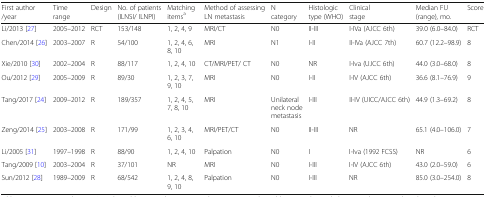
<table><thead><tr><td><b>First author /year</b></td><td><b>Time range</b></td><td><b>Design</b></td><td><b>No. of patients (ILNSI/ ILNPI)</b></td><td><b>Matching items<sup>a</sup></b></td><td><b>Method of assessing LN metastasis</b></td><td><b>N category</b></td><td><b>Histologic type (WHO)</b></td><td><b>Clinical stage</b></td><td><b>Median FU (range), mo.</b></td><td><b>Score</b></td></tr></thead><tbody><tr><td>Li/2013 [27]</td><td>2005–2012</td><td>RCT</td><td>153/148</td><td>1, 2, 4, 9</td><td>MRI/CT</td><td>N0</td><td>II-III</td><td>I-IVa (AJCC 6th)</td><td>39.0 (6.0–84.0)</td><td>RCT</td></tr><tr><td>Chen/2014 [26]</td><td>2003–2007</td><td>R</td><td>54/100</td><td>1, 2, 4, 6, 8, 10</td><td>MRI</td><td>N1</td><td>I-II</td><td>II-IVa (AJCC 7th)</td><td>60.7 (12.2–98.9)</td><td>8</td></tr><tr><td>Xie/2010 [30]</td><td>2002–2004</td><td>R</td><td>88/117</td><td>1, 2, 4, 10</td><td>CT/MRI/PET/ CT</td><td>N0</td><td>NR</td><td>I-Iva (UJCC 6th)</td><td>44.0 (3.0–68.0)</td><td>8</td></tr><tr><td>Ou/2012 [29]</td><td>2005–2009</td><td>R</td><td>89/30</td><td>1, 2, 3, 7, 9, 10</td><td>MRI</td><td>N0</td><td>I-II</td><td>I-IV (AJCC 6th)</td><td>36.6 (8.1–76.9)</td><td>9</td></tr><tr><td>Tang/2017 [24]</td><td>2009–2012</td><td>R</td><td>189/357</td><td>1, 2, 4, 5, 7, 8, 10</td><td>MRI</td><td>Unilateral neck node metastasis</td><td>I-III</td><td>II-IV (UICC/AJCC 6th)</td><td>44.9 (1.3–69.2)</td><td>8</td></tr><tr><td>Zeng/2014 [25]</td><td>2003–2008</td><td>R</td><td>171/99</td><td>1, 2, 3, 4, 6, 10</td><td>MRI/PET/CT</td><td>N0</td><td>II-III</td><td>NR</td><td>65.1 (4.0–106.0)</td><td>7</td></tr><tr><td>Li/2005 [31]</td><td>1997–1998</td><td>R</td><td>88/90</td><td>1, 2, 4, 10</td><td>Palpation</td><td>N0</td><td>I</td><td>I-Iva (1992 FCSS)</td><td>NR</td><td>6</td></tr><tr><td>Tang/2009 [10]</td><td>2003–2004</td><td>R</td><td>37/101</td><td>NR</td><td>MRI</td><td>N0</td><td>I-III</td><td>I-IV (AJCC 6th)</td><td>43.0 (2.0–59.0)</td><td>6</td></tr><tr><td>Sun/2012 [28]</td><td>1989–2009</td><td>R</td><td>68/542</td><td>1, 2, 4, 8, 9, 10</td><td>Palpation</td><td>N0</td><td>I-III</td><td>NR</td><td>85.0 (3.0–254.0)</td><td>8</td></tr></tbody></table>